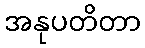
အနုပတိတာ